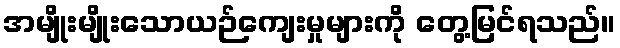
အမျိုးမျိုးသောယဉ်ကျေးမှုများကို တွေ့မြင်ရသည်။